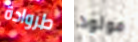
طروادة مولود